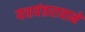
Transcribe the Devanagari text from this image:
यशवंतरावाने